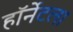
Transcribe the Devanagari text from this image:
हॉर्नेटला